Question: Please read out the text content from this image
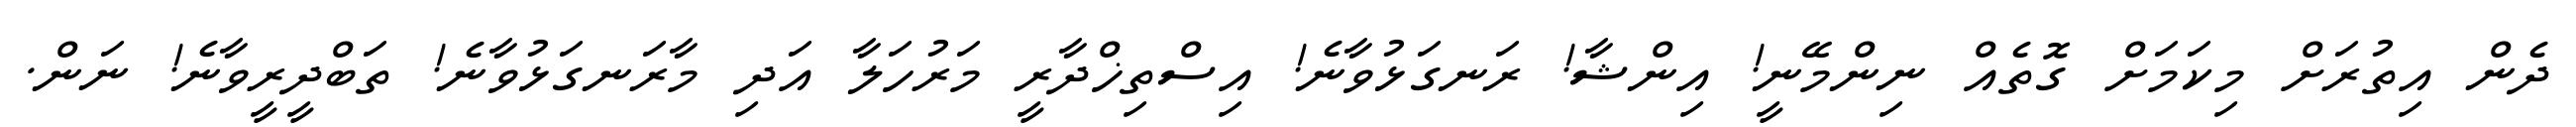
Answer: ދެން އިތުރަށް މިކަމަށް ގޮތެއް ނިންމޭނީ! އިންޝާ! ރަނގަޅުވާނެ! އިސްތިޚްދާރީ މަރުހަލާ އަދި މާރަނގަޅުވާނެ! ތަބްދީރީވާނެ! ނަން.